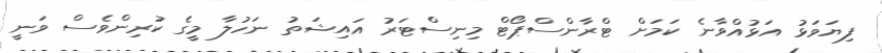
ފިޔަވަޅު އަޅުއްވާނެ ކަމަށް ޓްރާންސްޕޯޓް މިނިސްޓަރު އައިޝަތު ނަހުލާ މީގެ ކުރިންވެސް ވަނީ